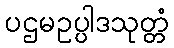
ပဌမဥပ္ပါဒသုတ္တံ